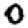
Digit: 0